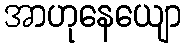
အာဟုနေယျော